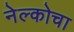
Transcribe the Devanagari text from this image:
नेल्कोचा